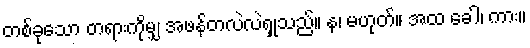
တစ်ခုသော တရားကိုမျှ အဖန်တလဲလဲရှုသည်။ န၊ မဟုတ်။ အထ ခေါ၊ ကား။